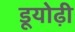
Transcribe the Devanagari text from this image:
डूयोढ़ी